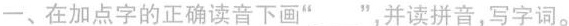
一、在加点字的正确读音下画”__”，并读拼音，写字词。